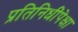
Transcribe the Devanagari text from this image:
प्रतिनिधींपेक्षा